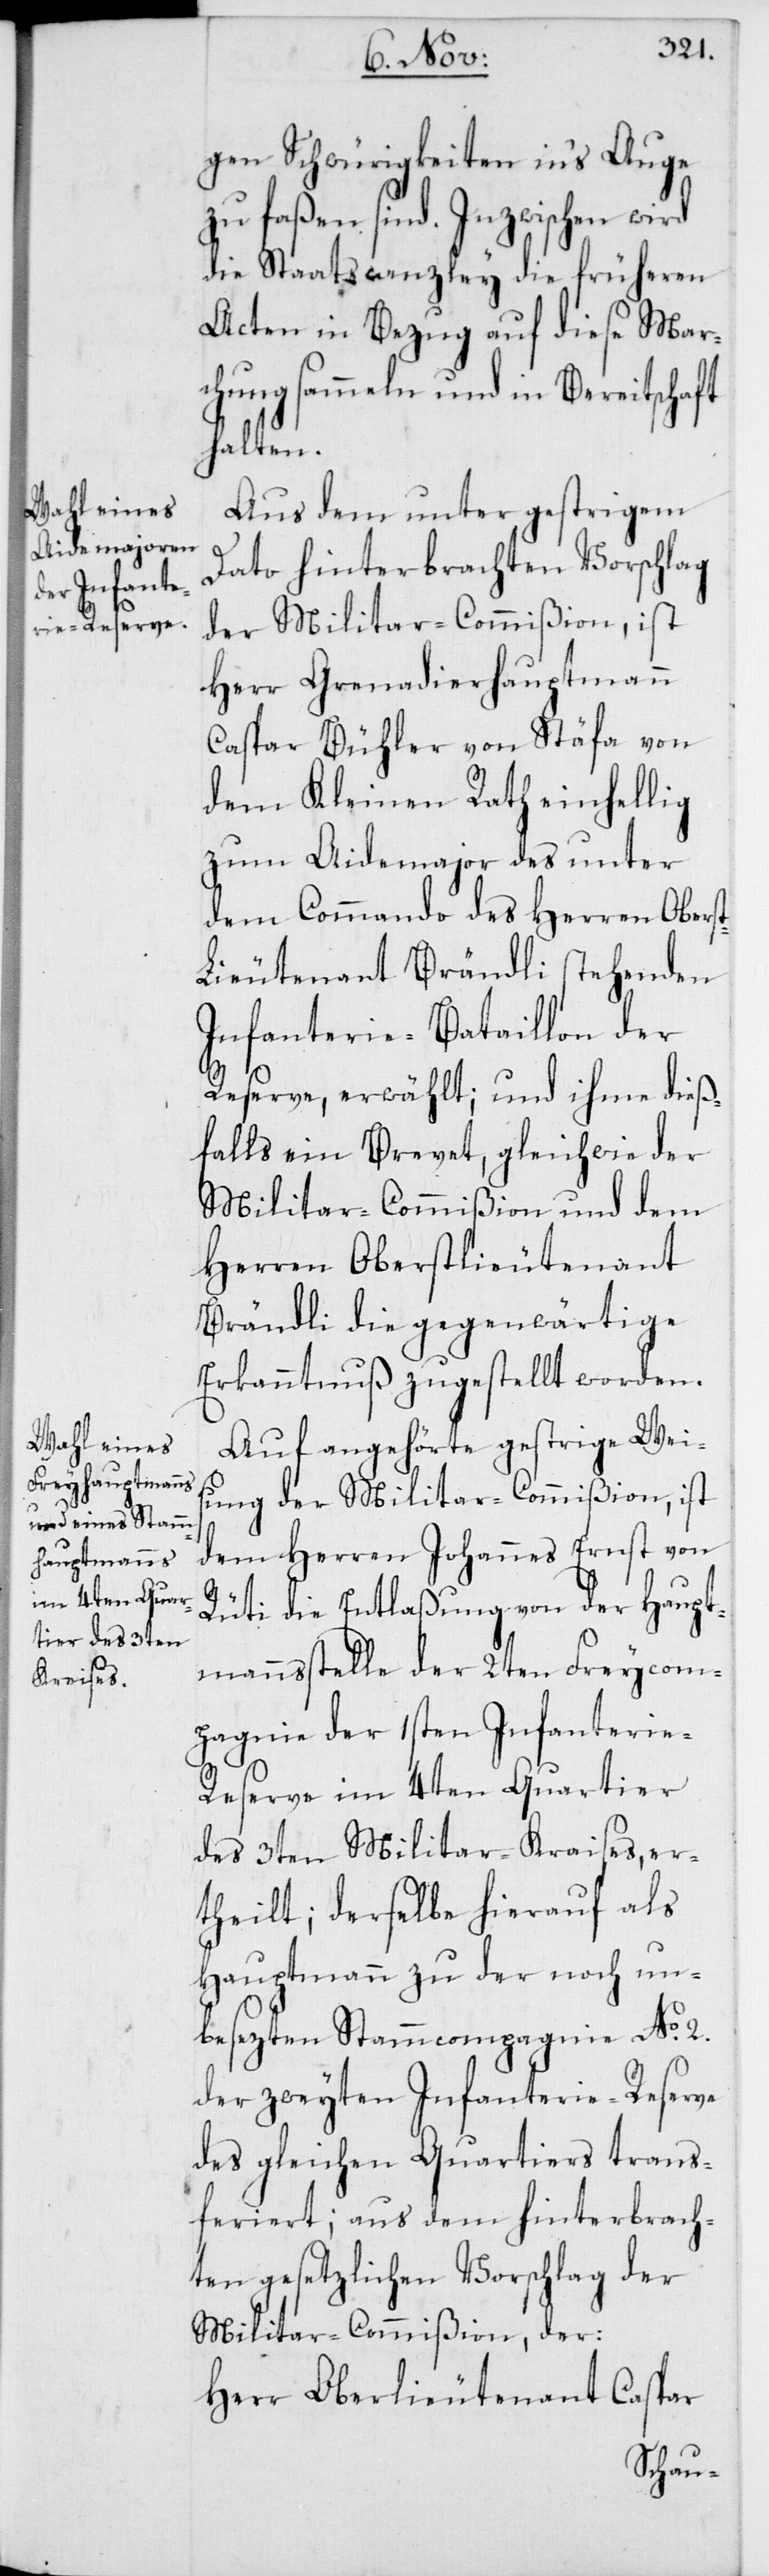
gen Schwürigkeiten in’s Auge
zu faßen sind. Inzwischen wird
die Staatscanzley die früheren
Acten in Bezug auf diese Mar¬
chung sammeln und in Bereitschaft
halten.
Aus dem unter gestrigem
Dato hinterbrachten Vorschlag
der Militar-Commißion, ist
Herr Grenadierhauptmann
Caspar Bühler von Stäfa von
dem Kleinen Rath einhellig
zum Aidemajor des unter
dem Commando des Herren Obers¬
t-Leutenant Brändli stehenden
Infanterie-Bataillon der
Reserve, erwählt; und ihme dieß¬
falls ein Brevet, gleichwie der
Militar-Commißion und dem
Herren Oberstlieutenant
Brändli die gegenwärtige
Erkanntnuß zugestellt worden.
Auf angehörte gestrige Weis¬
ung der Militar-Commißion, ist
dem Herren Johannes Ernst von
Rüti die Entlaßung von der Haupt¬
mannsstelle der 2ten Freycom¬
pagnie der 1sten Infanterie-R¬
eserve im 4ten Quartier
des 3ten Militar-Kraises, er¬
theilt; derselbe hierauf als
Hauptmann zu der noch un¬
besezten Stammcompagnie No 2.
der zweyten Infanterie-Reserve
des gleichen Quartiers trans¬
feriert; aus dem hinterbrach¬
ten gesetzlichen Vorschlag der
Militar-Commißion, der:
Herr Oberlieutenant Caspar